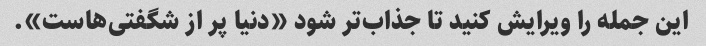
این جمله را ویرایش کنید تا جذاب‌تر شود «دنیا پر از شگفتی‌هاست».